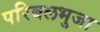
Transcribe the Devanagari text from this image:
परिबलभुजा